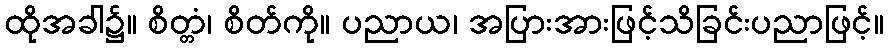
ထိုအခါ၌။ စိတ္တံ၊ စိတ်ကို။ ပညာယ၊ အပြားအားဖြင့်သိခြင်းပညာဖြင့်။